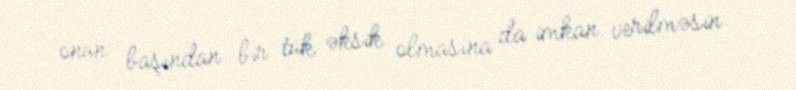
onun başından bir tük əksik olmasına da imkan verilməsin.